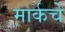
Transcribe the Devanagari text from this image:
मार्कचे